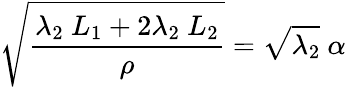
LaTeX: \sqrt{\frac{\lambda_{2}~L_{1}+2\lambda_{2}~L_{2}}{\rho}}=\sqrt{\lambda_{2}}~\alpha